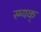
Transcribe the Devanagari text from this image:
स्म्यक्‌